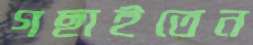
গছাইতেন